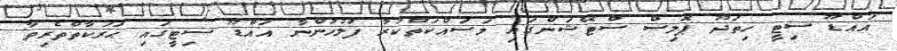
އައްޑޫ ސިޓީ ހިތަދޫ ޕޮލިސް ސްޓޭޝަންގައި މަސައްކަތްކުރާ ފުލުހުންނާ އައްޑޫ ސިޓީގައި ޙަރަކާތްތެރިވާ